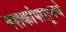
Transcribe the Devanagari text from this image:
दशकांपासूनचे